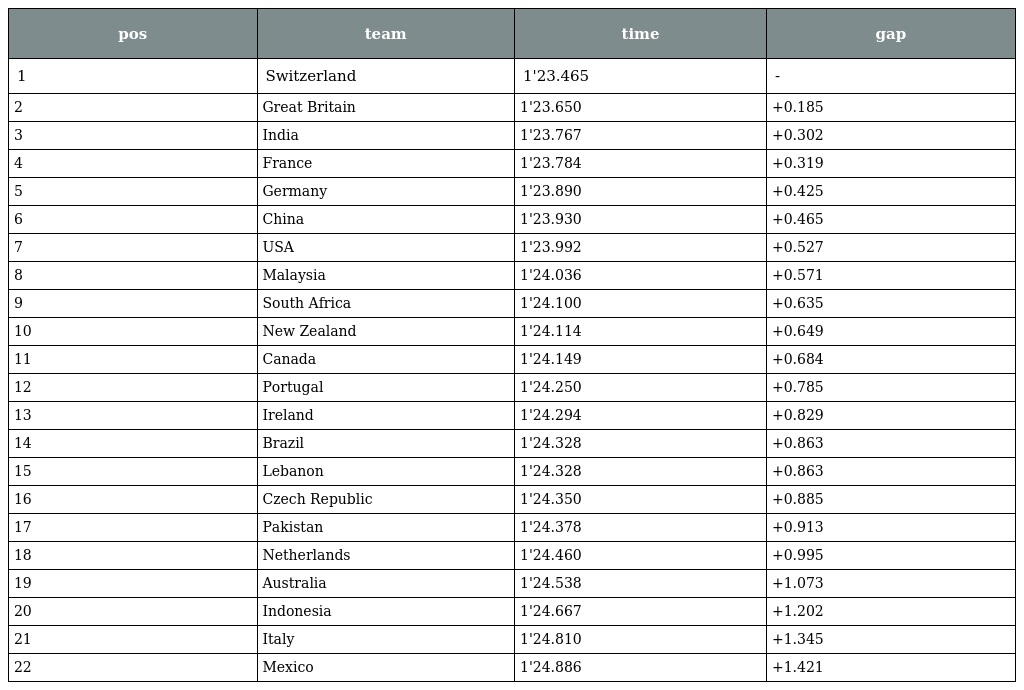
| pos | team | time | gap |
 | --- | --- | --- | --- |
 | 1 | Switzerland | 1'23.465 | - |
 | 2 | Great Britain | 1'23.650 | +0.185 |
 | 3 | India | 1'23.767 | +0.302 |
 | 4 | France | 1'23.784 | +0.319 |
 | 5 | Germany | 1'23.890 | +0.425 |
 | 6 | China | 1'23.930 | +0.465 |
 | 7 | USA | 1'23.992 | +0.527 |
 | 8 | Malaysia | 1'24.036 | +0.571 |
 | 9 | South Africa | 1'24.100 | +0.635 |
 | 10 | New Zealand | 1'24.114 | +0.649 |
 | 11 | Canada | 1'24.149 | +0.684 |
 | 12 | Portugal | 1'24.250 | +0.785 |
 | 13 | Ireland | 1'24.294 | +0.829 |
 | 14 | Brazil | 1'24.328 | +0.863 |
 | 15 | Lebanon | 1'24.328 | +0.863 |
 | 16 | Czech Republic | 1'24.350 | +0.885 |
 | 17 | Pakistan | 1'24.378 | +0.913 |
 | 18 | Netherlands | 1'24.460 | +0.995 |
 | 19 | Australia | 1'24.538 | +1.073 |
 | 20 | Indonesia | 1'24.667 | +1.202 |
 | 21 | Italy | 1'24.810 | +1.345 |
 | 22 | Mexico | 1'24.886 | +1.421 |